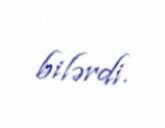
bilərdi.